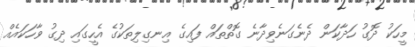
މީހަކު ދޮގު ހަދާކަން ދެނެގަނެވިދާނެ ގޮތްތައް ފައިގެ އިނގިލިތަކުގެ އެހީގައި ދިގު ވާހަކައެއް